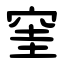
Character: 窐